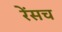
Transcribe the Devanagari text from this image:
रेंसच